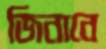
জিনানে